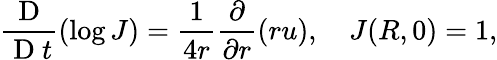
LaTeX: \frac{\mathrm{~D~}}{\mathrm{~D~}t}(\log{J})=\frac{1}{4r}\frac{\partial}{\partial r}(ru),\quad J(R,0)=1,